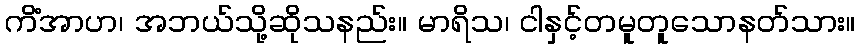
ကိံအာဟ၊ အဘယ်သို့ဆိုသနည်း။ မာရိသ၊ ငါနှင့်တမူတူသောနတ်သား။